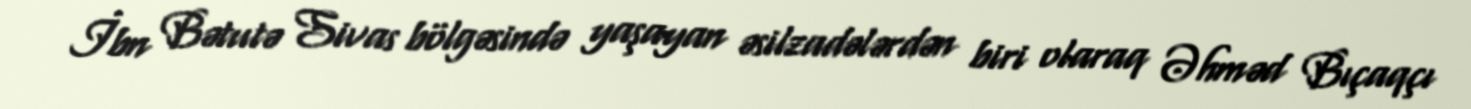
İbn Bətutə Sivas bölgəsində yaşayan əsilzadələrdən biri olaraq Əhməd Bıçaqçı